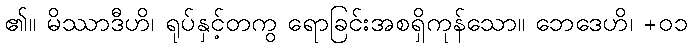
၏။ မိဿာဒီဟိ၊ ရုပ်နှင့်တကွ ရောခြင်းအစရှိကုန်သော။ ဘေဒေဟိ၊ +၀၁